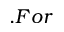
. F o r